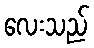
လေးသည်